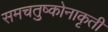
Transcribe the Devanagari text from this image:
समचतुष्कोनाकृती